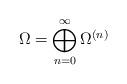
LaTeX: \begin{align*}\Omega =\bigoplus_{n=0}^\infty \Omega^{(n)}\end{align*}